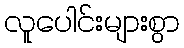
လူပေါင်းများစွာ